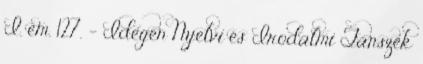
I. em. 127. – Idegen Nyelvi és Irodalmi Tanszék